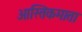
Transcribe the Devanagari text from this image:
आस्तिकमाता